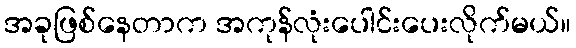
အခုဖြစ်နေတာက အကုန်လုံးပေါင်းပေးလိုက်မယ်။